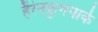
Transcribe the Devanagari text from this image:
हैरेनक्रुगपार्क